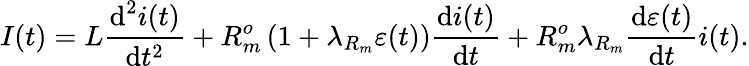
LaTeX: I(t)=L\frac{\textrm{d}^{2}i(t)}{\textrm{d}t^{2}}+R_{m}^{o}\left(1+\lambda_{R_{m}}\varepsilon(t)\right)\frac{\textrm{d}i(t)}{\textrm{d}t}+R_{m}^{o}\lambda_{R_{m}}\frac{\textrm{d}\varepsilon(t)}{\textrm{d}t}i(t).